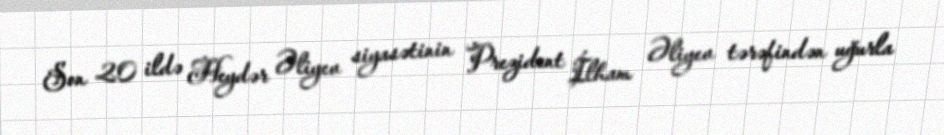
Son 20 ildə Heydər Əliyev siyasətinin Prezident İlham Əliyev tərəfindən uğurla